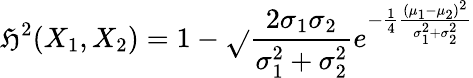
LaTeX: \mathfrak{H}^{2}(X_{1},X_{2})=1-{\sqrt{}{{\frac{{2\sigma_{1}\sigma_{2}}}{{\sigma_{1}^{2}+\sigma_{2}^{2}}}}}}e^{-{\frac{{1}}{{4}}}{\frac{{(\mu_{1}-\mu_{2})^{2}}}{{\sigma_{1}^{2}+\sigma_{2}^{2}}}}}